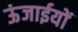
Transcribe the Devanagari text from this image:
ऊंजाईयों